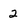
Character: 2